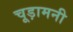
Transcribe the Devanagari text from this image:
चूड़ामनी